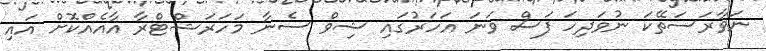
ނަވާރަސަތޭކަ ނުވަދިހަ ފަސް ވަނަ އަހަރުގައި ޝިވް ސެނާ މަހަރަޝްޓްރާ އާއެއްކޮށް އައި